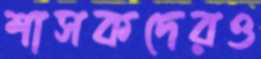
শাসকদেরও